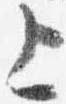
上